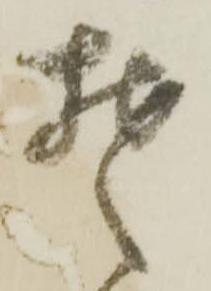
そ